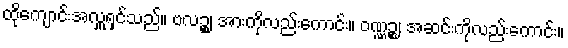
ထိုကျောင်းအလှူရှင်သည်။ ဗလဉ္စ၊ အားကိုလည်းကောင်း။ ဝဏ္ဏဉ္စ၊ အဆင်းကိုလည်းကောင်း။